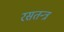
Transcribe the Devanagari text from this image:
रसतन्त्र